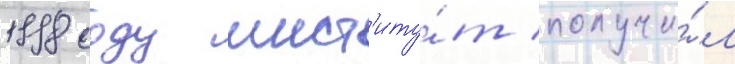
1998 году инст'иту́т получи́л